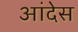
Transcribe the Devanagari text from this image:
आंदेस